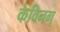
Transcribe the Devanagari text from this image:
केविनग्